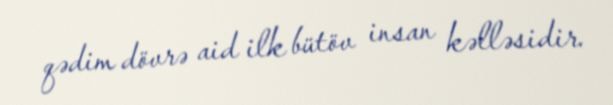
qədim dövrə aid ilk bütöv insan kəlləsidir.